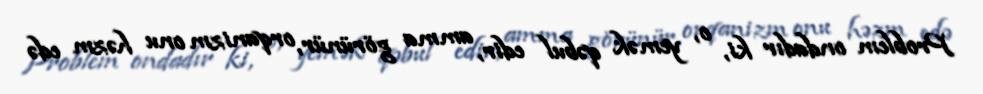
Problem ondadır ki, o, yemək qəbul edir, amma görünür, orqanizm onu həzm edə